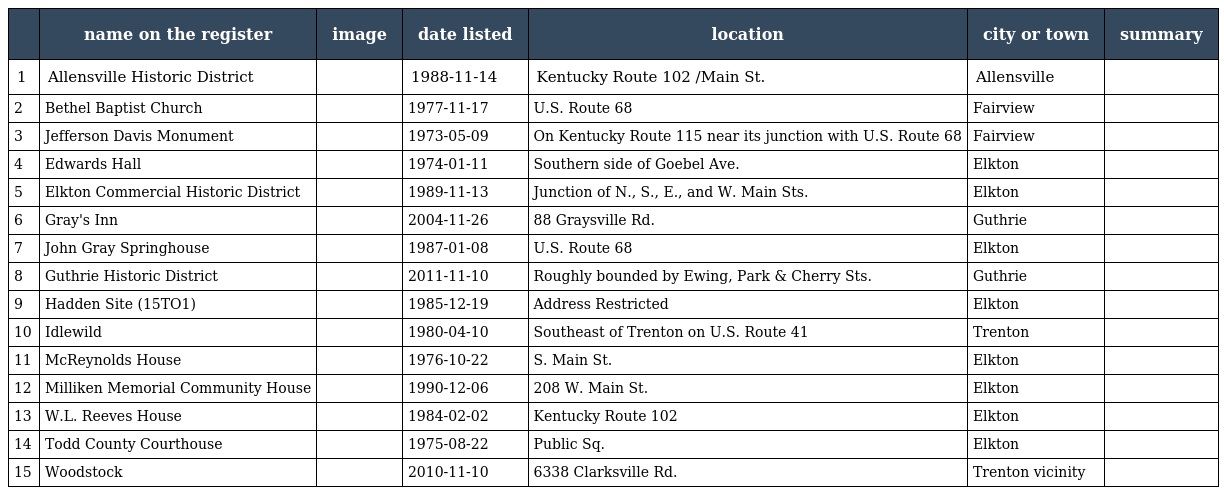
|  | name on the register | image | date listed | location | city or town | summary |
 | --- | --- | --- | --- | --- | --- | --- |
 | 1 | Allensville Historic District |  | 1988-11-14 | Kentucky Route 102 /Main St. | Allensville |  |
 | 2 | Bethel Baptist Church |  | 1977-11-17 | U.S. Route 68 | Fairview |  |
 | 3 | Jefferson Davis Monument |  | 1973-05-09 | On Kentucky Route 115 near its junction with U.S. Route 68 | Fairview |  |
 | 4 | Edwards Hall |  | 1974-01-11 | Southern side of Goebel Ave. | Elkton |  |
 | 5 | Elkton Commercial Historic District |  | 1989-11-13 | Junction of N., S., E., and W. Main Sts. | Elkton |  |
 | 6 | Gray's Inn |  | 2004-11-26 | 88 Graysville Rd. | Guthrie |  |
 | 7 | John Gray Springhouse |  | 1987-01-08 | U.S. Route 68 | Elkton |  |
 | 8 | Guthrie Historic District |  | 2011-11-10 | Roughly bounded by Ewing, Park & Cherry Sts. | Guthrie |  |
 | 9 | Hadden Site (15TO1) |  | 1985-12-19 | Address Restricted | Elkton |  |
 | 10 | Idlewild |  | 1980-04-10 | Southeast of Trenton on U.S. Route 41 | Trenton |  |
 | 11 | McReynolds House |  | 1976-10-22 | S. Main St. | Elkton |  |
 | 12 | Milliken Memorial Community House |  | 1990-12-06 | 208 W. Main St. | Elkton |  |
 | 13 | W.L. Reeves House |  | 1984-02-02 | Kentucky Route 102 | Elkton |  |
 | 14 | Todd County Courthouse |  | 1975-08-22 | Public Sq. | Elkton |  |
 | 15 | Woodstock |  | 2010-11-10 | 6338 Clarksville Rd. | Trenton vicinity |  |